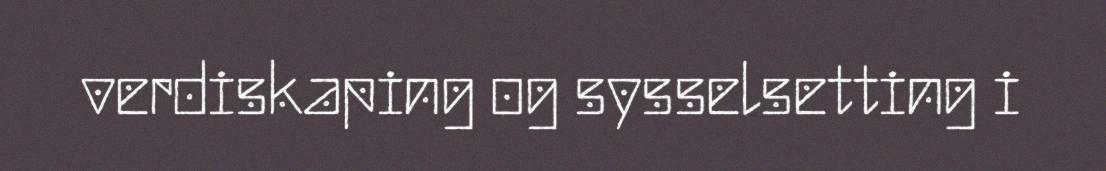
verdiskaping og sysselsetting i